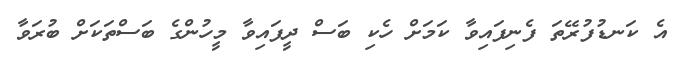
އެ ކަނޑުފުރޭތަ ފެނިފައިވާ ކަމަށް ހެކި ބަސް ދީފައިވާ މީހުންގެ ބަސްތަކަށް ބުރަވާ